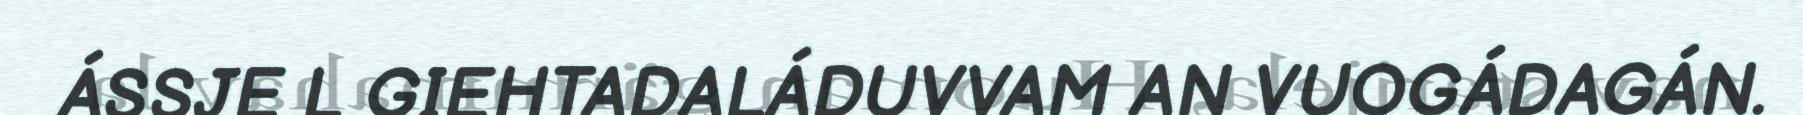
ÁSSJE L GIEHTADALÁDUVVAM AN VUOGÁDAGÁN.